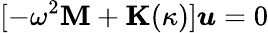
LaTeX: [-\omega^{2}\textbf{M}+\textbf{K}(\kappa)]\boldsymbol{u}=0